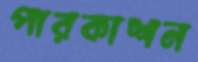
পারকাশন